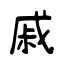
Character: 戚